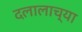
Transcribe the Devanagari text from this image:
दलालाच्या